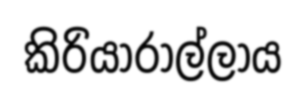
කිරියාරාල්ලාය